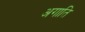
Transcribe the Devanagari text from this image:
अगाति